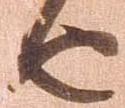
由